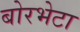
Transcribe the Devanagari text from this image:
बोरभेटा